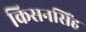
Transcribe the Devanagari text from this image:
किसनसिंह